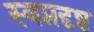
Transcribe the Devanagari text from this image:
स्वप्नदृष्ट